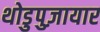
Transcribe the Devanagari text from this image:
थोडुपुज़ायार